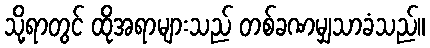
သို့ရာတွင် ထိုအရာများသည် တစ်ခဏမျှသာခံသည်။